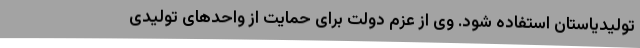
تولیدیاستان استفاده شود. وی از عزم دولت برای حمایت از واحدهای تولیدی